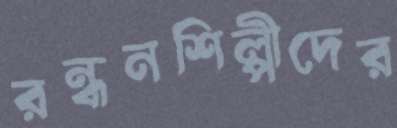
রন্ধনশিল্পীদের